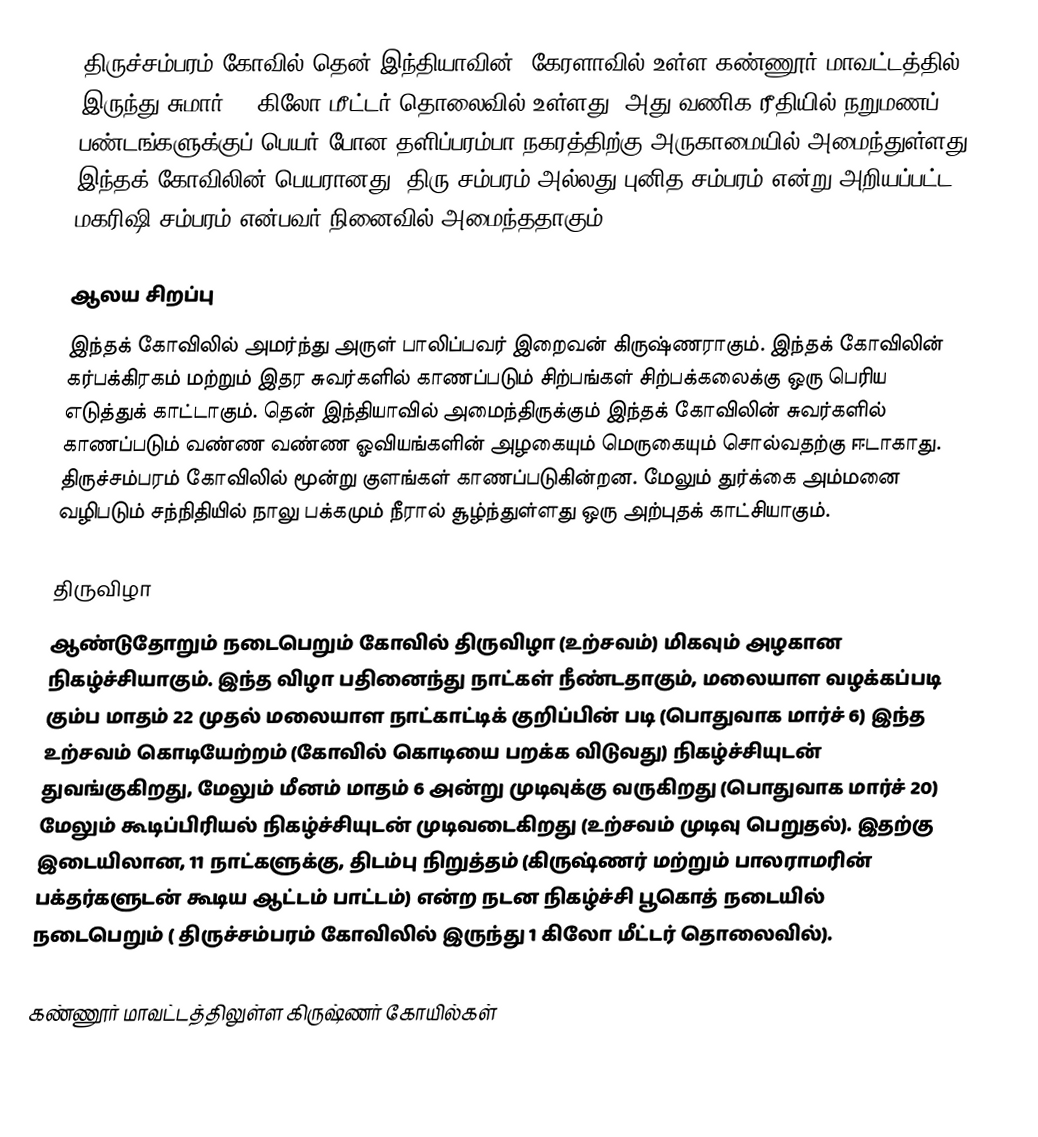
திருச்சம்பரம் கோவில் தென் இந்தியாவின், கேரளாவில் உள்ள கண்ணூர் மாவட்டத்தில் இருந்து சுமார் 20 கிலோ மீட்டர் தொலைவில் உள்ளது. அது வணிக ரீதியில் நறுமணப் பண்டங்களுக்குப் பெயர் போன தளிப்பரம்பா நகரத்திற்கு அருகாமையில் அமைந்துள்ளது. இந்தக் கோவிலின் பெயரானது, திரு சம்பரம் அல்லது புனித சம்பரம் என்று அறியப்பட்ட மகரிஷி சம்பரம் என்பவர் நினைவில் அமைந்ததாகும்.

ஆலய சிறப்பு
இந்தக் கோவிலில் அமர்ந்து அருள் பாலிப்பவர் இறைவன் கிருஷ்ணராகும். இந்தக் கோவிலின் கர்பக்கிரகம் மற்றும் இதர சுவர்களில் காணப்படும் சிற்பங்கள் சிற்பக்கலைக்கு ஒரு பெரிய எடுத்துக் காட்டாகும். தென் இந்தியாவில் அமைந்திருக்கும் இந்தக் கோவிலின் சுவர்களில் காணப்படும் வண்ண வண்ண ஓவியங்களின் அழகையும் மெருகையும் சொல்வதற்கு ஈடாகாது. திருச்சம்பரம் கோவிலில் மூன்று குளங்கள் காணப்படுகின்றன. மேலும் துர்க்கை அம்மனை வழிபடும் சந்நிதியில் நாலு பக்கமும் நீரால் சூழ்ந்துள்ளது ஒரு அற்புதக் காட்சியாகும்.

திருவிழா
ஆண்டுதோறும் நடைபெறும் கோவில் திருவிழா (உற்சவம்) மிகவும் அழகான நிகழ்ச்சியாகும். இந்த விழா பதினைந்து நாட்கள் நீண்டதாகும், மலையாள வழக்கப்படி கும்ப மாதம் 22 முதல் மலையாள நாட்காட்டிக் குறிப்பின் படி (பொதுவாக மார்ச் 6) இந்த உற்சவம் கொடியேற்றம் (கோவில் கொடியை பறக்க விடுவது) நிகழ்ச்சியுடன் துவங்குகிறது, மேலும் மீனம் மாதம் 6 அன்று முடிவுக்கு வருகிறது (பொதுவாக மார்ச் 20) மேலும் கூடிப்பிரியல் நிகழ்ச்சியுடன் முடிவடைகிறது (உற்சவம் முடிவு பெறுதல்). இதற்கு இடையிலான, 11 நாட்களுக்கு, திடம்பு நிறுத்தம் (கிருஷ்ணர் மற்றும் பாலராமரின் பக்தர்களுடன் கூடிய ஆட்டம் பாட்டம்) என்ற நடன நிகழ்ச்சி பூகொத் நடையில் நடைபெறும் ( திருச்சம்பரம் கோவிலில் இருந்து 1 கிலோ மீட்டர் தொலைவில்).

கண்ணூர் மாவட்டத்திலுள்ள கிருஷ்ணர் கோயில்கள்